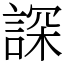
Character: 𧨾